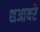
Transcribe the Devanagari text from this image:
शआयरे